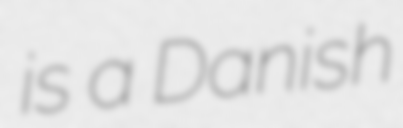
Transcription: is a Danish